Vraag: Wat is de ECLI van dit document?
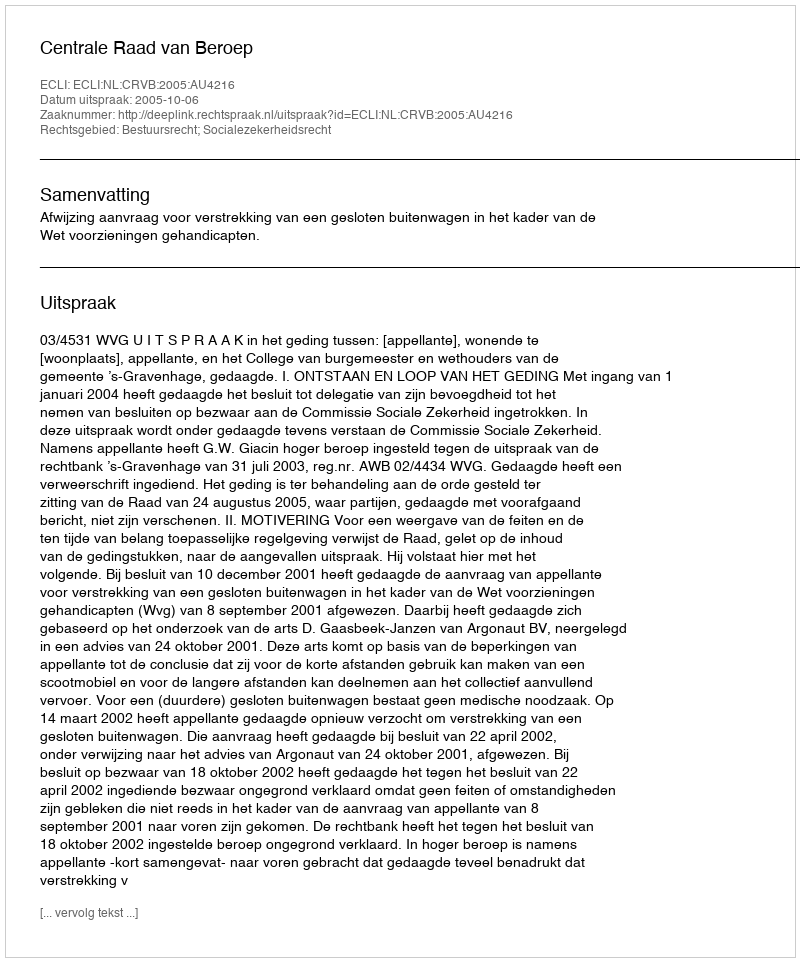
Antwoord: ECLI:NL:CRVB:2005:AU4216